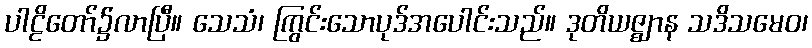
ပါဠိတော်၌လာပြီ။ သေသံ၊ ကြွင်းသောပုဒ်အပေါင်းသည်။ ဒုတိယဇ္ဈာန သဒိသမေဝ၊